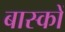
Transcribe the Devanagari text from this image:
बास्कों